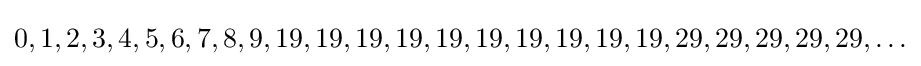
0,1,2,3,4,5,6,7,8,9,19,19,19,19,19,19,19,19,19,19,29,29,29,29,29,\ldots